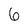
Character: 6